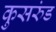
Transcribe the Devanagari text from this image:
कुसरुंड